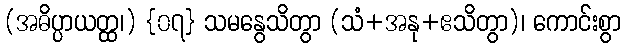
(အဓိပ္ပာယတ္ထ၊) {၀၇} သမနွေသိတွာ (သံ+အနု+ဧသိတွာ)၊ ကောင်းစွာ